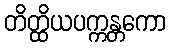
တိတ္ထိယပက္ကန္တကော